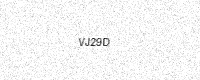
Text: VJ29D